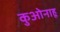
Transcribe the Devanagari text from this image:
कुओनाहू